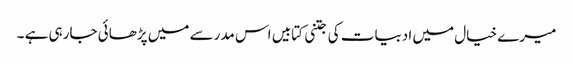
میرے خیال میں ادبیات کی جتنی کتابیں اس مدرسے میں پڑھائی جارہی ہے ۔